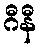
ဂီနီ